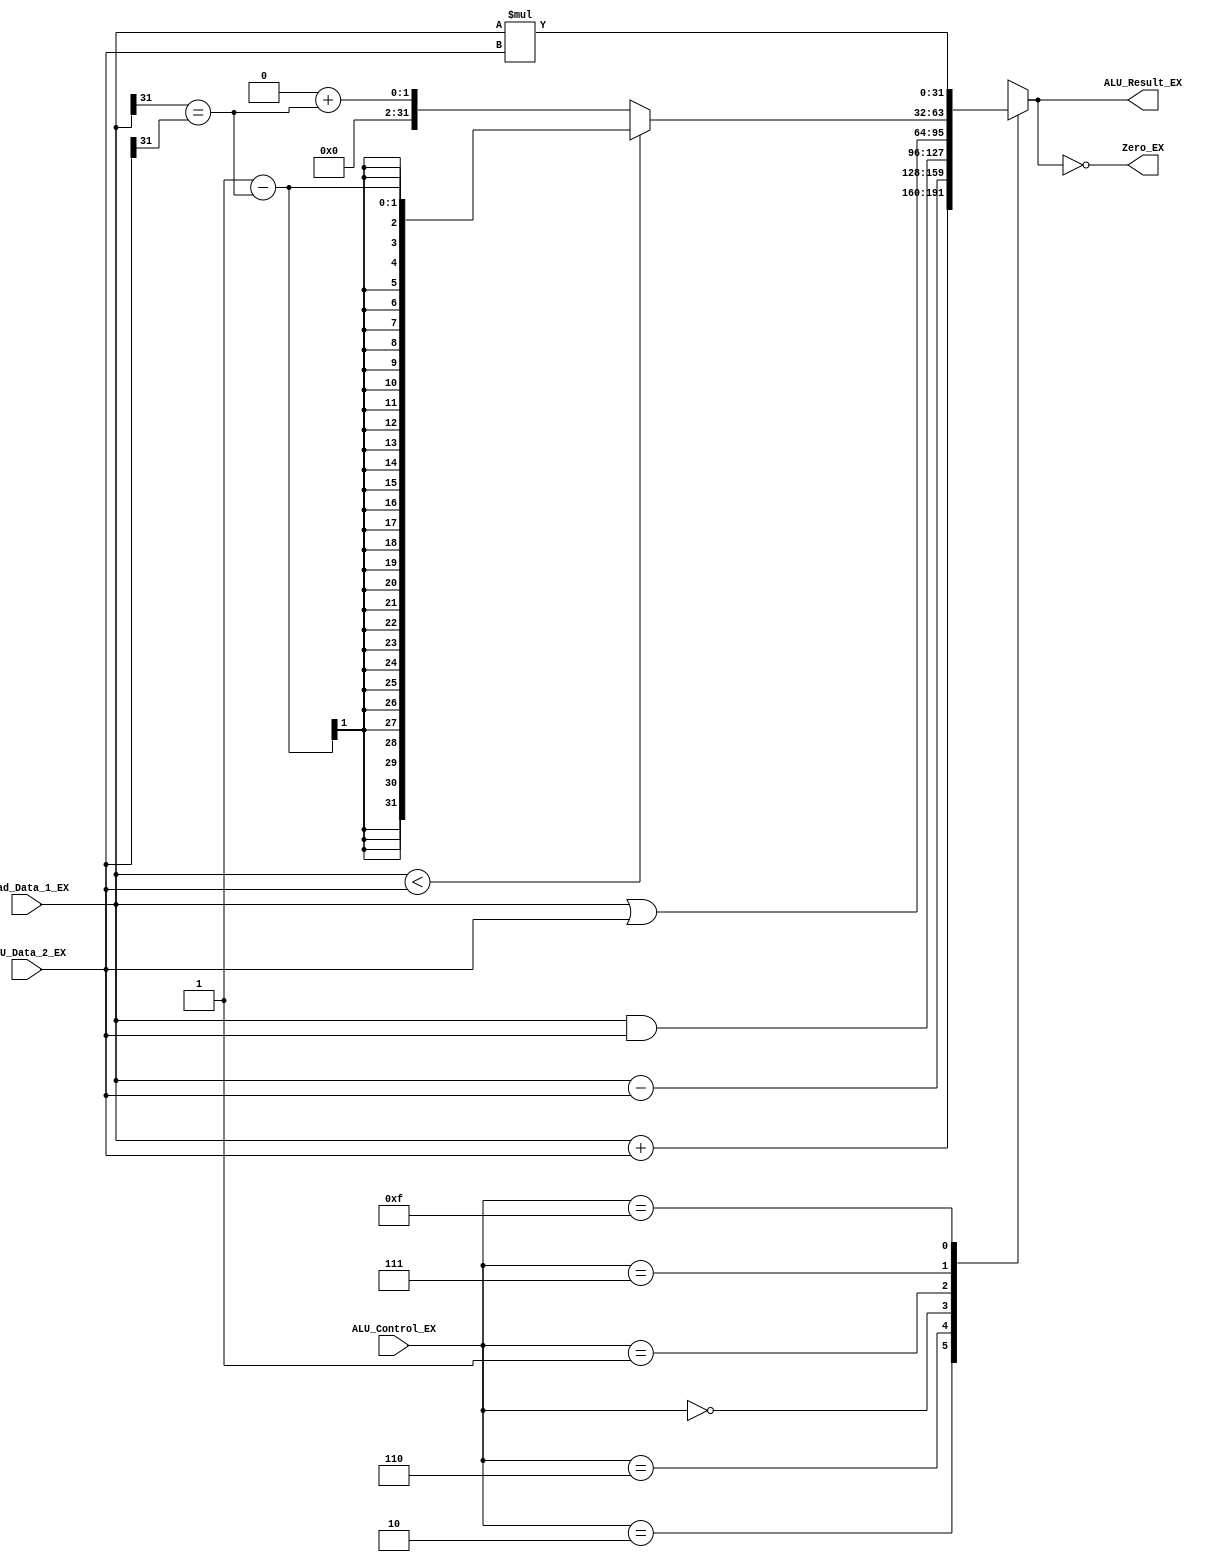
// ALU do the following operation
// addition, subtraction, bitwise logic and, bitwise logic or, set less than by comparison, multiplication
// signed calculation is considered and handled.
// sign mismatch for set less than is considered and handled.


module EX_ALU(
	      input signed [31:0]  Read_Data_1_EX,
	      input signed [31:0]  ALU_Data_2_EX,
	      input 		 [3:0]   ALU_Control_EX,
	      output reg 	 [31:0]  ALU_Result_EX,
	      output 	  				Zero_EX
	      
	      );

	parameter	ALUadd		=	4'b010,
					ALUsub		=	4'b110,  
					ALUand		=	4'b000,
					ALUor			=	4'b001,
					ALUslt		=	4'b111,
					ALUmul		= 	4'b1111;
					
	initial
		begin
			ALU_Result_EX <= 32'd0;
		end
	
	// Handles negative inputs
	wire sign_mismatch;
	assign sign_mismatch = (Read_Data_1_EX[31]==ALU_Data_2_EX[31]);
	
	always@* begin
		case(ALU_Control_EX)
			ALUadd:			ALU_Result_EX <= Read_Data_1_EX + ALU_Data_2_EX;
			ALUsub:			ALU_Result_EX <= Read_Data_1_EX - ALU_Data_2_EX;
			ALUand:			ALU_Result_EX <= Read_Data_1_EX & ALU_Data_2_EX;
			ALUor:			ALU_Result_EX <= Read_Data_1_EX | ALU_Data_2_EX;
			ALUslt:			ALU_Result_EX <= Read_Data_1_EX < ALU_Data_2_EX ? (1 - sign_mismatch) : (0 + sign_mismatch);		
			ALUmul: 			ALU_Result_EX <= Read_Data_1_EX * ALU_Data_2_EX;
			default:			ALU_Result_EX <= 32'bx;	// control = ALUx | *
		endcase
	end //always
	
	assign Zero_EX = (ALU_Result_EX==0);
	
endmodule // EX_ALU